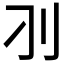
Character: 𰄚